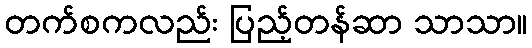
တက်စကလည်း ပြည့်တန်ဆာ သာသာ။